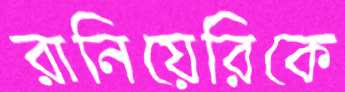
রানিয়েরিকে